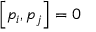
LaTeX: \left[ p _ { i } , p _ { j } \right] = 0